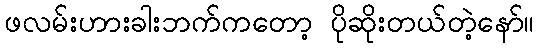
ဖလမ်းဟားခါးဘက်ကတော့ ပိုဆိုးတယ်တဲ့နော်။